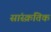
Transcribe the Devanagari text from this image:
सांस्क्रतिक